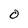
Character: O